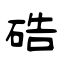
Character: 硞